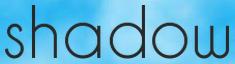
shadow